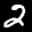
Label: 2